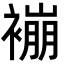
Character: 䙖